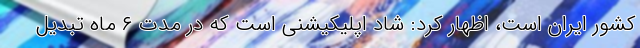
کشور ایران است، اظهار کرد: شاد اپلیکیشنی است که در مدت ۶ ماه تبدیل